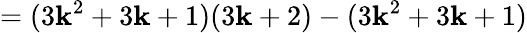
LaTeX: =(3\mathbf{k}^{2}+3\mathbf{k}+1)(3\mathbf{k}+2)-(3\mathbf{k}^{2}+3\mathbf{k}+1)